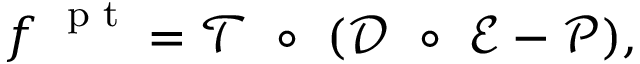
\boldsymbol f ^ { \mathrm { ~ \scriptsize ~ p ~ t ~ } } = \mathcal T ~ \circ ~ ( \mathcal D ~ \circ ~ \mathcal E - \mathcal P ) ,